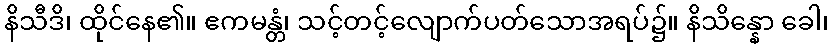
နိသီဒိ၊ ထိုင်နေ၏။ ဧကမန္တံ၊ သင့်တင့်လျောက်ပတ်သောအရပ်၌။ နိသိန္နော ခေါ၊